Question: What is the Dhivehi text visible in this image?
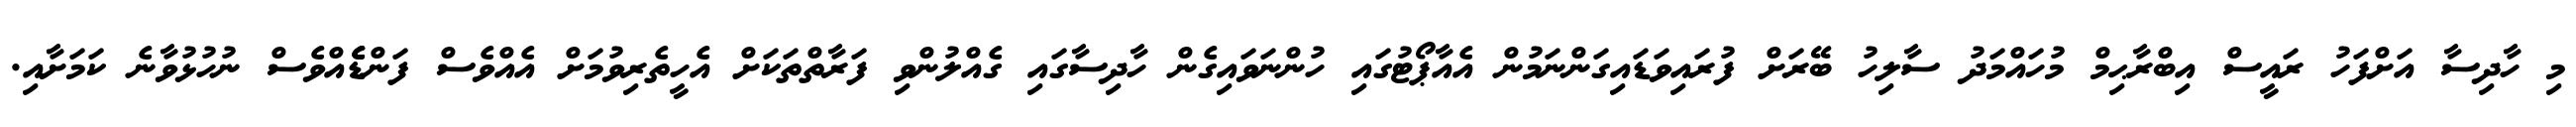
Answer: މި ހާދިސާ އަށްފަހު ރައީސް އިބްރާޙިމް މުހައްމަދު ސާލިހު ބޭރަށް ފުރައިވަޑައިގަންނަމުން އެއާޕޯޓުގައި ހުންނަވައިގެން ހާދިސާގައި ގެއްލުންވި ފަރާތްތަކަށް އެހީތެރިވުމަށް އެއްވެސް ފަންޑެެއްވެސް ނުހުޅުވާނެ ކަމަށާއި.